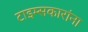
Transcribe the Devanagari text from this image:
टाइम्सकारांना